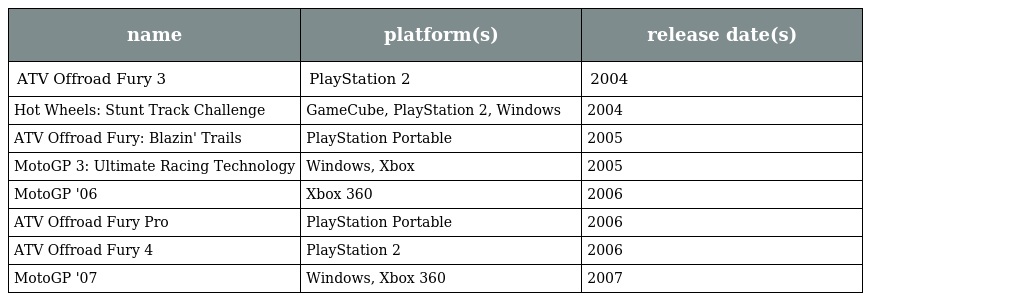
| name | platform(s) | release date(s) |
 | --- | --- | --- |
 | ATV Offroad Fury 3 | PlayStation 2 | 2004 |
 | Hot Wheels: Stunt Track Challenge | GameCube, PlayStation 2, Windows | 2004 |
 | ATV Offroad Fury: Blazin' Trails | PlayStation Portable | 2005 |
 | MotoGP 3: Ultimate Racing Technology | Windows, Xbox | 2005 |
 | MotoGP '06 | Xbox 360 | 2006 |
 | ATV Offroad Fury Pro | PlayStation Portable | 2006 |
 | ATV Offroad Fury 4 | PlayStation 2 | 2006 |
 | MotoGP '07 | Windows, Xbox 360 | 2007 |